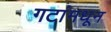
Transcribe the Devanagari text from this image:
गटांमधून